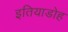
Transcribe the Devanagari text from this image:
इतियाडोह